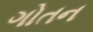
ગોતન